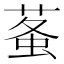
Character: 𧊮